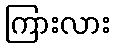
ကြားလား